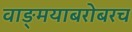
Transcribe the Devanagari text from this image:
वाङ्‌मयाबरोबरच